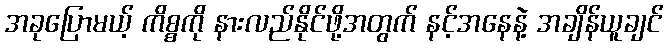
အခုပြောမယ့် ကိစ္စကို နားလည်နိုင်ဖို့အတွက် နင့်အနေနဲ့ အချိန်ယူချင်